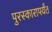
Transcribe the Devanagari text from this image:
पुरस्कारापर्यंत